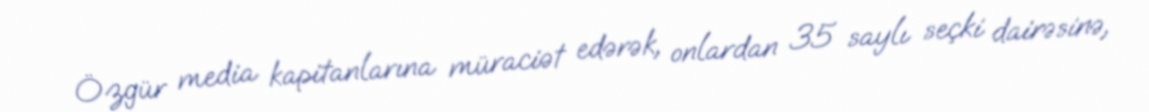
Özgür media kapitanlarına müraciət edərək, onlardan 35 saylı seçki dairəsinə,